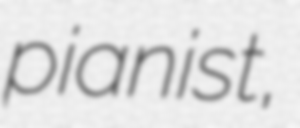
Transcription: pianist,